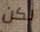
لكن